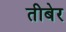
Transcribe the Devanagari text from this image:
तीबेर